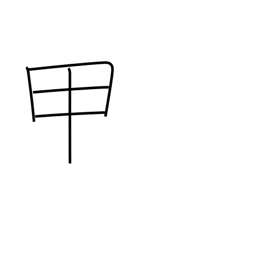
Meaning: instep